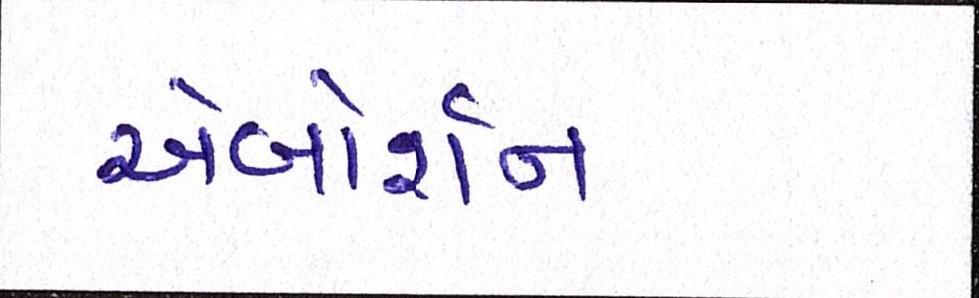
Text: એબોર્શન